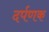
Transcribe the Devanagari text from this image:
दर्पणक